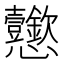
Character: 𢦆